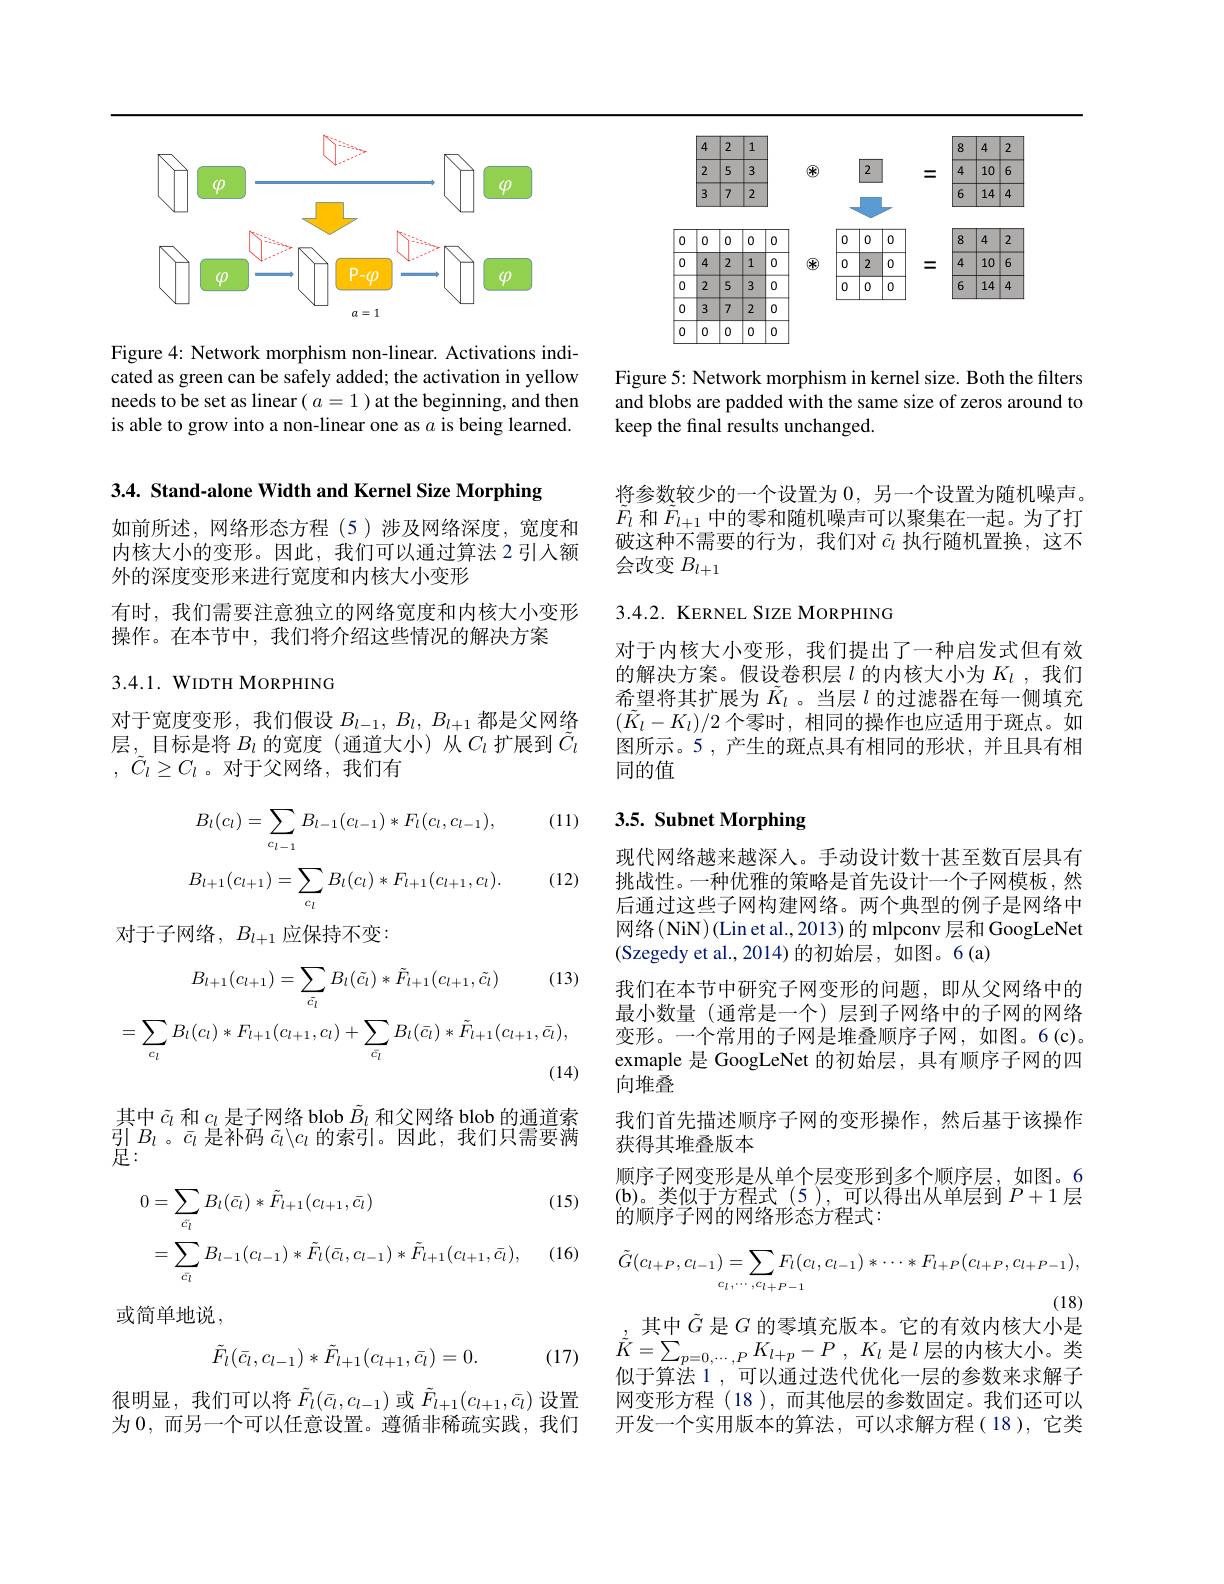
<FigureHere>

Figure 4: Network morphism non-linear. Activations indicated as green can be safely added; the activation in yellow needs to be set as linear $(a=1)$ at the beginning, and then is able to grow into a non-linear one as $a$ is being learned.

<FigureHere>

Figure 5: Network morphism in kernel size. Both the filters and blobs are padded with the same size of zeros around to keep the final results unchanged.

3.4. Stand-alone Width and Kernel Size Morphing

如前所述，网络形态方程(5)涉及网络深度，宽度和内核大小的变形。因此，我们可以通过算法 2 引人额外的深度变形来进行宽度和内核大小变形
有时，我们需要注意独立的网络宽度和内核大小变形
操作。在本节中，我们将介绍这些情况的解决方案

3.4.1. WIDTH MORPHING

对于宽度变形，我们假设$B_l- 1$, $B_l$, $B_{l+ 1}$都是父网络层，目标是将$B_l$的宽度(通道大小)从$C_l$扩展到$\tilde{C}_l$ , $\tilde{C} _l\geq C_l$。对于父网络，我们有

(11)
$$B_l(c_l)=\sum\limits_{c_{l-1}}B_{l-1}(c_{l-1})*F_l(c_l,c_{l-1}),$$
$$B_{l+1}(c_{l+1})=\sum_{c_l}B_l(c_l)*F_{l+1}(c_{l+1},c_l).$$
(12)

对于子网络，$B_l+1$应保持不变：
$$B_{l+1}(c_{l+1})=\sum_{\bar{c_{l}}}B_{l}(\tilde{c_{l}})*\tilde{F}_{l+1}(c_{l+1},\tilde{c_{l}})\text{(13)}\\=\sum_{c_{l}}B_{l}(c_{l})*F_{l+1}(c_{l+1},c_{l})+\sum_{\bar{c_{l}}}B_{l}(\bar{c_{l}})*\tilde{F}_{l+1}(c_{l+1},\bar{c_{l}}),$$
其中$\tilde{c}_l$和$c_l$是子网络 blob $\tilde{B}_l$和父网络 blob 的通道索引$B_l$ 。$\bar{c}_l$是补码$\tilde{c}_l\backslash c_l$的索引。因此，我们只需要满足：

(15)
$$\begin{aligned}\text{0}&=\sum_{\bar{c}_{l}}B_{l}(\bar{c}_{l})*\tilde{F}_{l+1}(c_{l+1},\bar{c}_{l})\\&=\sum_{\bar{c}_{l}}B_{l-1}(c_{l-1})*\tilde{F}_{l}(\bar{c}_{l},c_{l-1})*\tilde{F}_{l+1}(c_{l+1},\bar{c}_{l}),\end{aligned}$$
(16)

或简单地说，
$$\tilde{F}_l(\bar{c}_l,c_{l-1})*\tilde{F}_{l+1}(c_{l+1},\bar{c}_l)=0.$$
(17)

很明显，我们可以将$\tilde{F}_l(\bar{c}_l,c_{l-1})$或$\tilde{F}_{l+1}(c_{l+1},\bar{c}_l)$设置为 0,而另一个可以任意设置。遵循非稀疏实践，我们

将参数较少的一个设置为0，另一个设置为随机噪声。$F_l$ 和$F_{l+1}$ 中的零和随机噪声可以聚集在一起。为了打破这种不需要的行为，我们对$\tilde{c}_l$执行随机置换，这不会改变$B_l+1$

# 3.4.2. KERNEL SIZE MORPHING

对于内核大小变形，我们提出了一种启发式但有效的解决方案。假设卷积层$l$ 的内核大小为$K_l$,我们希望将其扩展为$\tilde{K}_l$ 。当层$l$的过滤器在每一侧填充$(\tilde{K}_l-K_l)/2$个零时，相同的操作也应适用于斑点。如图所示。5 , 产生的斑点具有相同的形状，并且具有相同的值

# 3.5. Subnet Morphing

现代网络越来越深人。手动设计数十甚至数百层具有挑战性。一种优雅的策略是首先设计一个子网模板，然后通过这些子网构建网络。两个典型的例子是网络中网络(NiN)(Lin et al., 2013) 的 mlpconv 层和 GoogLeNet (Szegedy et al.,2014)的初始层，如图。6(a)
我们在本节中研究子网变形的问题，即从父网络中的最小数量 (通常是一个)层到子网络中的子网的网络变形。一个常用的子网是堆叠顺序子网，如图。6(c)。exmaple 是 GoogLeNet 的初始层，具有顺序子网的四向堆叠
我们首先描述顺序子网的变形操作，然后基于该操作
获得其堆叠版本
顺序子网变形是从单个层变形到多个顺序层，如图。6 (b)。类似于方程式(5),可以得出从单层到$P+1$层的顺序子网的网络形态方程式：
$$\tilde{G}(c_{l+P},c_{l-1})=\sum_{c_{l},\cdots,c_{l+P-1}}F_{l}(c_{l},c_{l-1})*\cdots*F_{l+P}(c_{l+P},c_{l+P-1}),$$
(18)
其中$\tilde{G}$是$G$的零填充版本。它的有效内核大小是

$\tilde{K} = \sum _{p= 0, \cdots , P}K_{l+ p}- P$ , $K_{l}$ 是$l$ 层的内核大小。类似于算法 1 , 可以通过迭代优化一层的参数来求解子网变形方程(18),而其他层的参数固定。我们还可以开发一个实用版本的算法，可以求解方程(18),它类